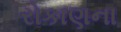
રોકાણના